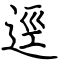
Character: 逕